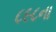
૮૯૮ના